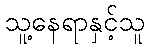
သူ့နေရာနှင့်သူ